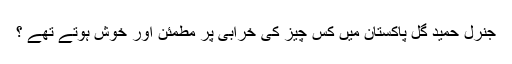
جنرل حمید گل پاکستان میں کس چیز کی خرابی پر مطمئن اور خوش ہوتے تھے ؟